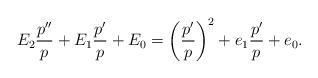
LaTeX: \begin{align*} E_2 \frac{p''}{p} + E_1 \frac{p'}{p} + E_0 = \left( \frac{p'}{p} \right)^2 + e_1 \frac{p'}{p} + e_0 .\end{align*}